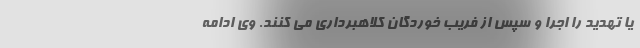
یا تهدید را اجرا و سپس از فریب خوردگان کلاهبرداری می کنند. وی ادامه